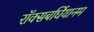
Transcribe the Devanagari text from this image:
रॉक्सबर्घियानम